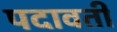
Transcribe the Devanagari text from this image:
पदावती